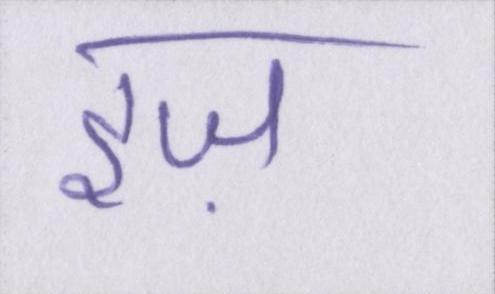
इज़